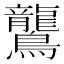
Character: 鸗